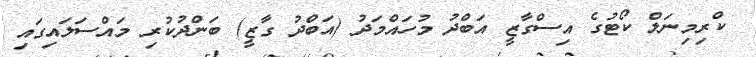
ކްރިމިނަލް ކޯޓުގެ އިސްގާޒީ އަބްދު މުހައްމަދު (އަބްދު ގާޒީ) ބަންދުކުރި މައްސަލައިގައި